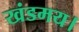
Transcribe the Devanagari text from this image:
खंडमय।